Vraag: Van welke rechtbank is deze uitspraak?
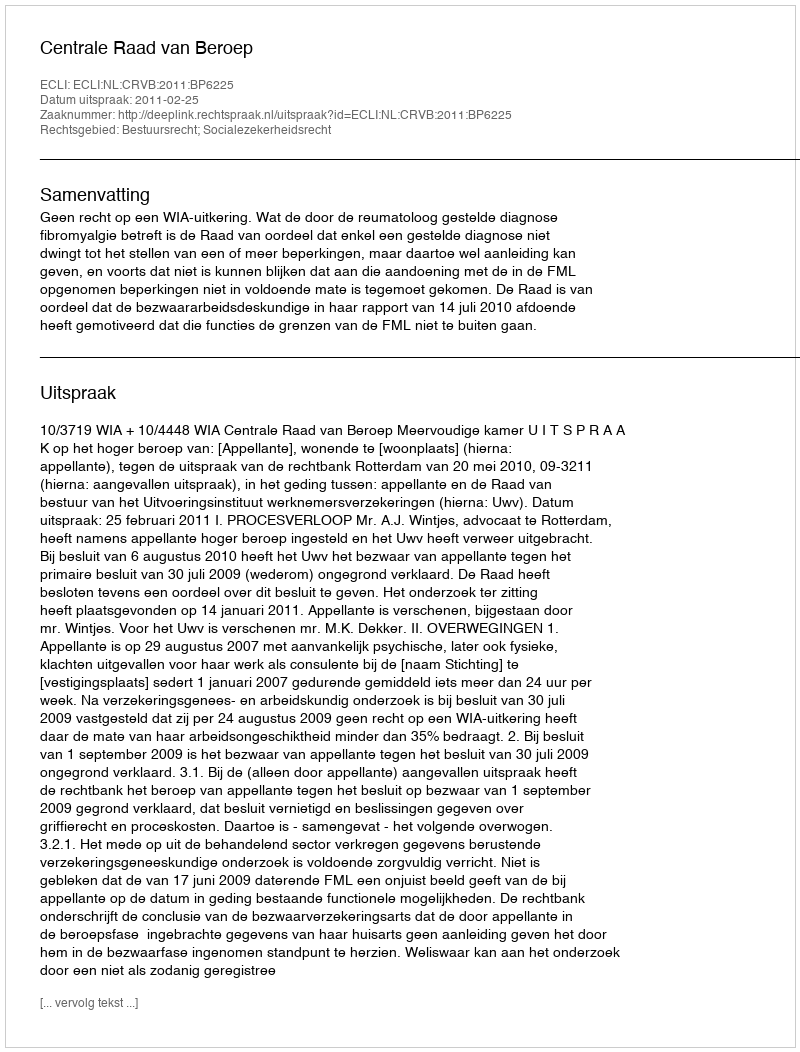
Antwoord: Centrale Raad van Beroep